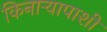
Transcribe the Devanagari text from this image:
किनाऱ्यापाशी